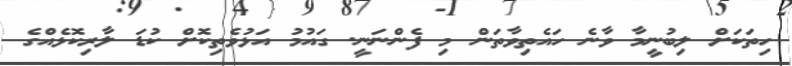
ހިތަކަށް ލިބުނީމާ ވާނެ ހައެތިވާތަން މި ފެންނަނީ. ގައުމު އަޅުވެތިކޮށް ކުޑަ ލާރިކޮޅެއްގެ